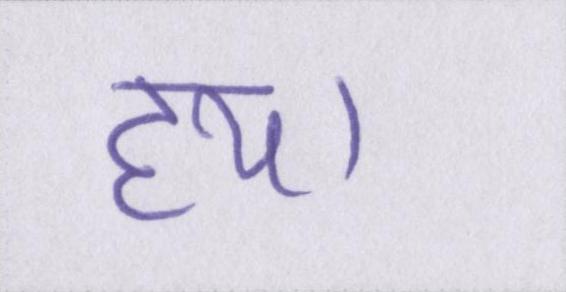
हय।